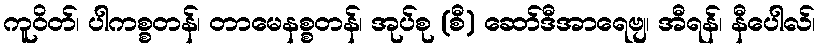
ကူဝိတ်၊ ပါကစ္စတန်၊ တာမေနစ္စတန်၊ အုပ်စု (စီ) ဆော်ဒီအာရေဗျ၊ အီရန်၊ နီပေါလ်၊